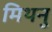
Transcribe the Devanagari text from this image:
मिथनु